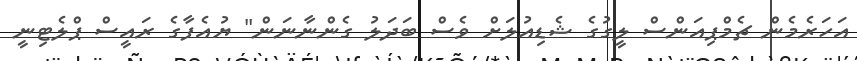
އަހަރެމެން ޗެމްޕިއަންސް ލީގުގެ ޝެޑިއުލަށް ވެސް ބަދަލު ގެންނާނަން" ޔުއެފާގެ ރައީސް ޕްލެޓިނީ